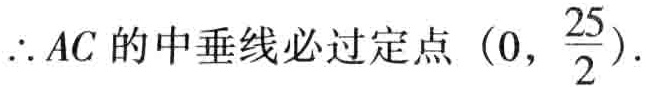
$\therefore AC\text{ 的中垂线必过定点 }(0,\frac{25}{2}).$